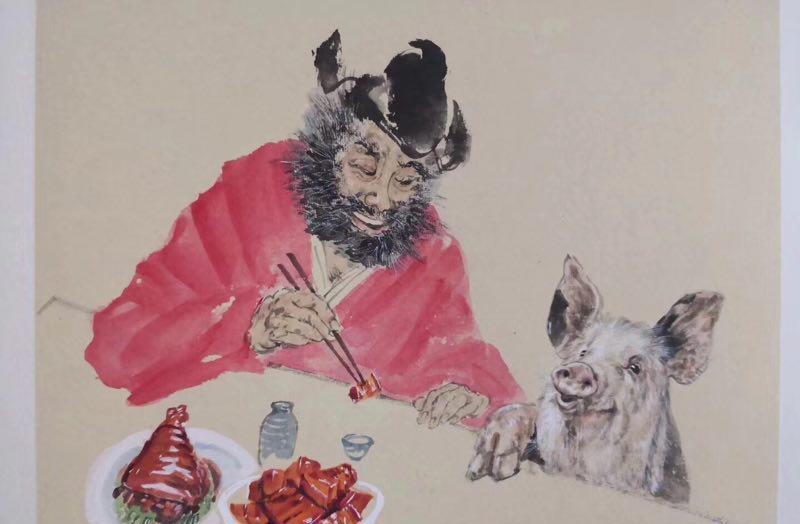
明日复明日，明日何其多。